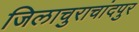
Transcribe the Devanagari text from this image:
जिलाचुराचांदपुर